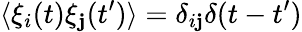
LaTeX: \langle\xi_{i}(t)\xi_{\mathbf{j}}(t^{\prime})\rangle=\delta_{i\mathbf{j}}\delta{(t-t^{\prime})}